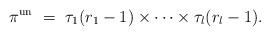
LaTeX: \begin{align*}\pi^{\rm un} \ = \ \tau_1(r_1-1) \times \cdots \times \tau_l(r_l-1).\end{align*}